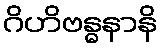
ဂိဟိဗန္ဓနာနိ